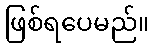
ဖြစ်ရပေမည်။